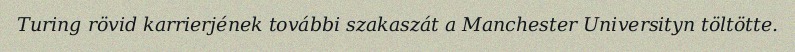
Turing rövid karrierjének további szakaszát a Manchester Universityn töltötte.